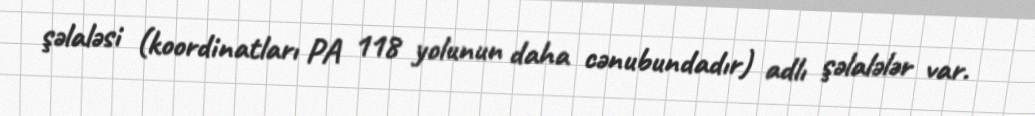
şəlaləsi (koordinatları PA 118 yolunun daha cənubundadır) adlı şəlalələr var.